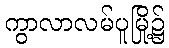
ကွာလာလမ်ပူမြို့၌